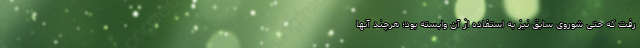
رفت که حتی شوروی سابق نیز به استفاده از آن وابسته بود؛ هرچند آنها